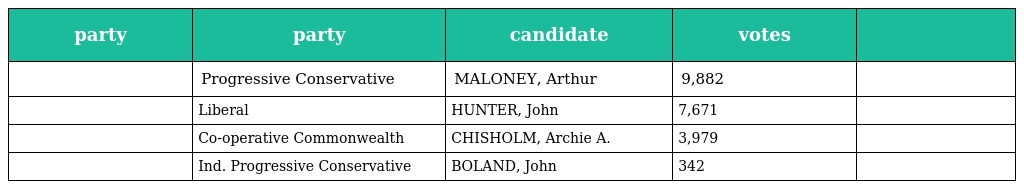
| party | party | candidate | votes |  |
 | --- | --- | --- | --- | --- |
 |  | Progressive Conservative | MALONEY, Arthur | 9,882 |  |
 |  | Liberal | HUNTER, John | 7,671 |  |
 |  | Co-operative Commonwealth | CHISHOLM, Archie A. | 3,979 |  |
 |  | Ind. Progressive Conservative | BOLAND, John | 342 |  |